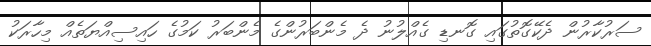
ސަރުކާރުން ދެކޭގޮތުގައި ގޮނޑި ގެއްލުނު ދެ މެންބަރުންގެ މެންބަރު ކަމުގެ ހައިސިއްޔަތެއް މިހާރަކު